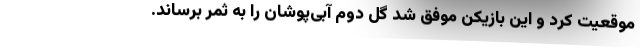
موقعیت کرد و این بازیکن موفق شد گل دوم آبی‌پوشان را به ثمر برساند.